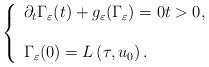
LaTeX: \begin{align*} \left\{ \begin{array} [c]{l} \partial_{t} \Gamma_{\varepsilon}(t)+g_{\varepsilon}(\Gamma_{\varepsilon})=0t>0,\\ \\ \Gamma_{\varepsilon}(0)=L\left(\tau, u_0\right). \end{array} \right. \end{align*}